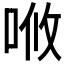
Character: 𠳘